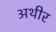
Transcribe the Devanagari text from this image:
अथीर